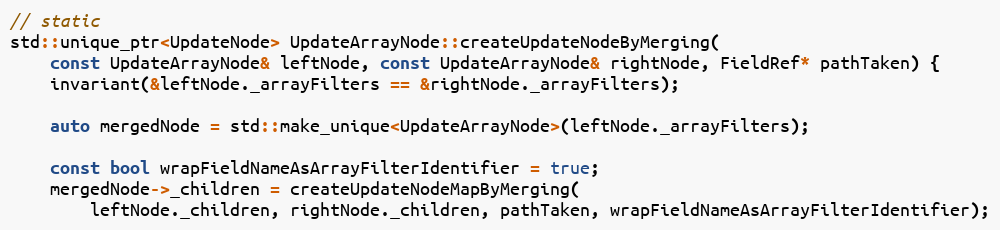
Language: C++
// static
std::unique_ptr<UpdateNode> UpdateArrayNode::createUpdateNodeByMerging(
    const UpdateArrayNode& leftNode, const UpdateArrayNode& rightNode, FieldRef* pathTaken) {
    invariant(&leftNode._arrayFilters == &rightNode._arrayFilters);

    auto mergedNode = std::make_unique<UpdateArrayNode>(leftNode._arrayFilters);

    const bool wrapFieldNameAsArrayFilterIdentifier = true;
    mergedNode->_children = createUpdateNodeMapByMerging(
        leftNode._children, rightNode._children, pathTaken, wrapFieldNameAsArrayFilterIdentifier);